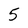
Character: 5